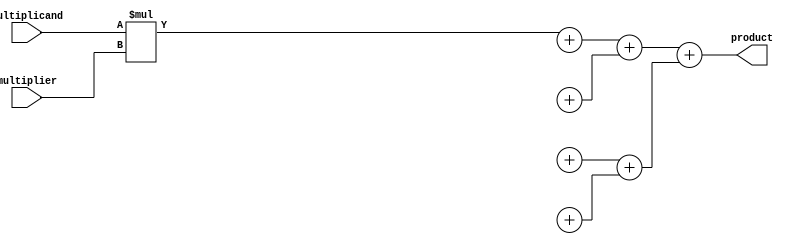
module wallace_tree_multiplier (
    input wire [7:0] multiplicand,
    input wire [7:0] multiplier,
    output reg [15:0] product
);

reg [15:0] partial_products [7:0];

wire [15:0] stage1_sum [3:0];
wire [15:0] stage2_sum [1:0];
wire [15:0] final_sum;

assign partial_products[0] = multiplicand * multiplier;

// Stage 1: Generate partial products
genvar i;
generate
    for (i = 0; i < 4; i = i + 1) begin
        assign stage1_sum[i] = (i < 4) ? partial_products[i * 2] + partial_products[i * 2 + 1] : 16'b0;
    end
endgenerate

// Stage 2: Generate final sum
assign stage2_sum[0] = stage1_sum[0] + stage1_sum[1];
assign stage2_sum[1] = stage1_sum[2] + stage1_sum[3];

assign final_sum = stage2_sum[0] + stage2_sum[1];

always @* begin
    product = final_sum;
end

endmodule